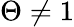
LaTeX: \Theta\neq 1